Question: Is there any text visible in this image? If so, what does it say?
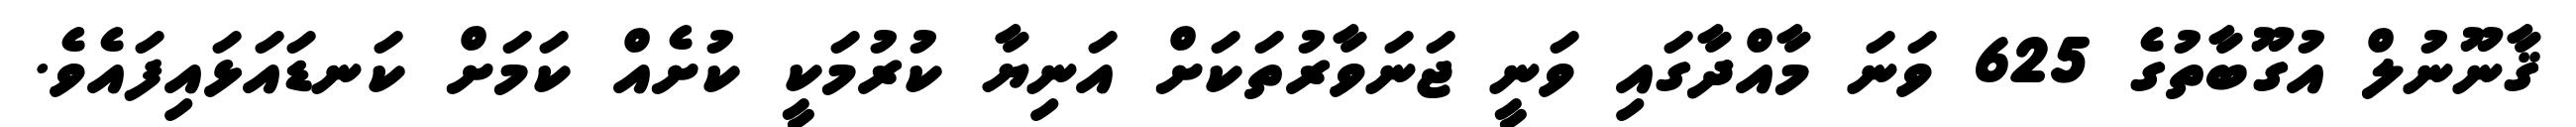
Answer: ޤާނޫނުލް އުގޫބާތުގެ 625 ވަނަ މާއްދާގައި ވަނީ ޖަނަވާރުތަކަށް އަނިޔާ ކުރުމަކީ ކުށެއް ކަމަށް ކަނޑައަޅައިފައެވެ.